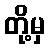
တို့မှ